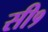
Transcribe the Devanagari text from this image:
सी१